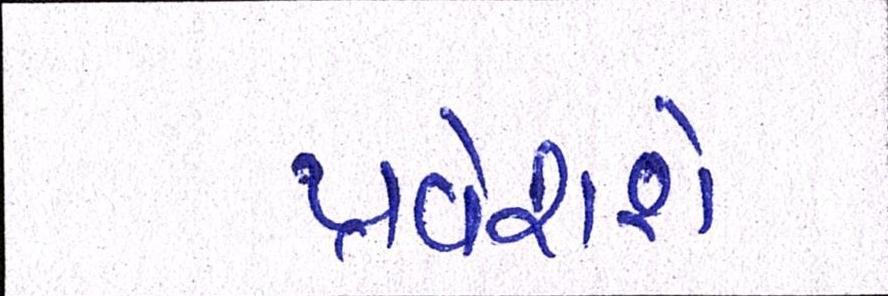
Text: પ્રવેશશે